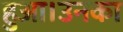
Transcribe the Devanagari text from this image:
हुआ।उनका